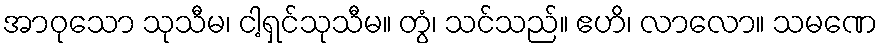
အာဝုသော သုသီမ၊ ငါ့ရှင်သုသီမ။ တွံ၊ သင်သည်။ ဧဟိ၊ လာလော။ သမဏေ